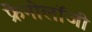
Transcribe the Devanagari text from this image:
फ्रेनोलॉजी